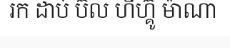
រក ដាប់ ប៊ល ហីហ្គ៊ូ ម៉ាណា